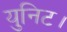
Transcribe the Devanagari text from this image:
युनिट।